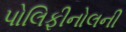
પોલિફીનોલની